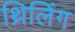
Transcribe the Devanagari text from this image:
थ्रिलिंग